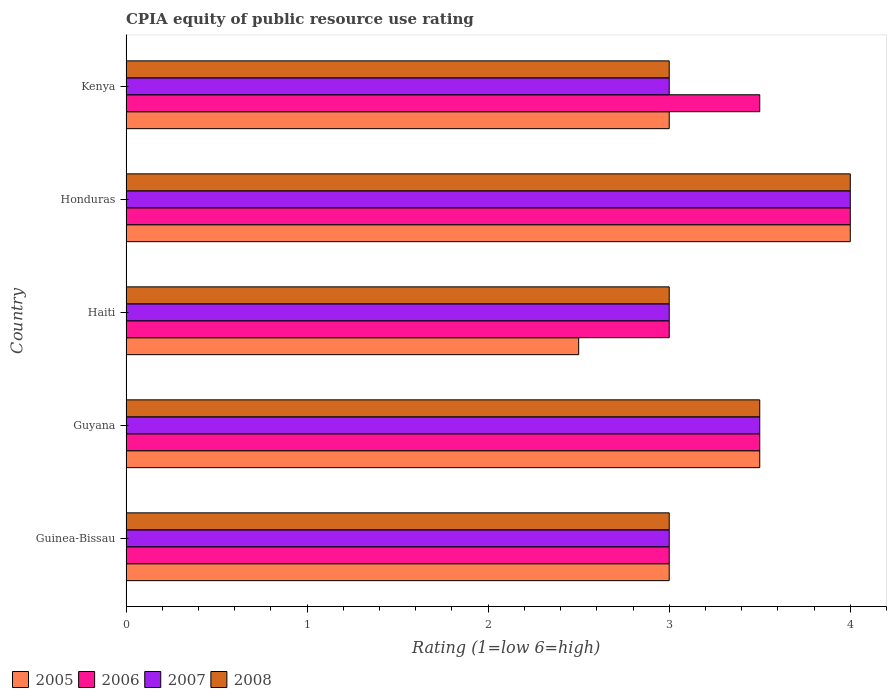
| Country | 2005 | 2006 | 2007 | 2008 |
 | --- | --- | --- | --- | --- |
 | Guinea-Bissau | 3 | 3 | 3 | 3 |
 | Guyana | 3.5 | 3.5 | 3.5 | 3.5 |
 | Haiti | 2.5 | 3 | 3 | 3 |
 | Honduras | 4 | 4 | 4 | 4 |
 | Kenya | 3 | 3.5 | 3 | 3 |